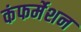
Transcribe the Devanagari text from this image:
कंफर्मेशन